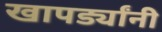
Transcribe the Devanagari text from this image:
खापर्ड्यांनी